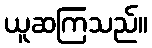
ယူဆကြသည်။